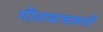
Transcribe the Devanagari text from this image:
गीतावाचस्पती